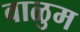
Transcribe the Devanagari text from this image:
वाळुम